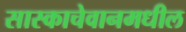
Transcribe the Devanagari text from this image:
सास्काचेवानमधील